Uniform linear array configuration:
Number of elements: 64
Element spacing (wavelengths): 1
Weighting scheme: hann
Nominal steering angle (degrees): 45
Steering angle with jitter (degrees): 43.611
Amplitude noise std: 0.05
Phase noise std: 0.05

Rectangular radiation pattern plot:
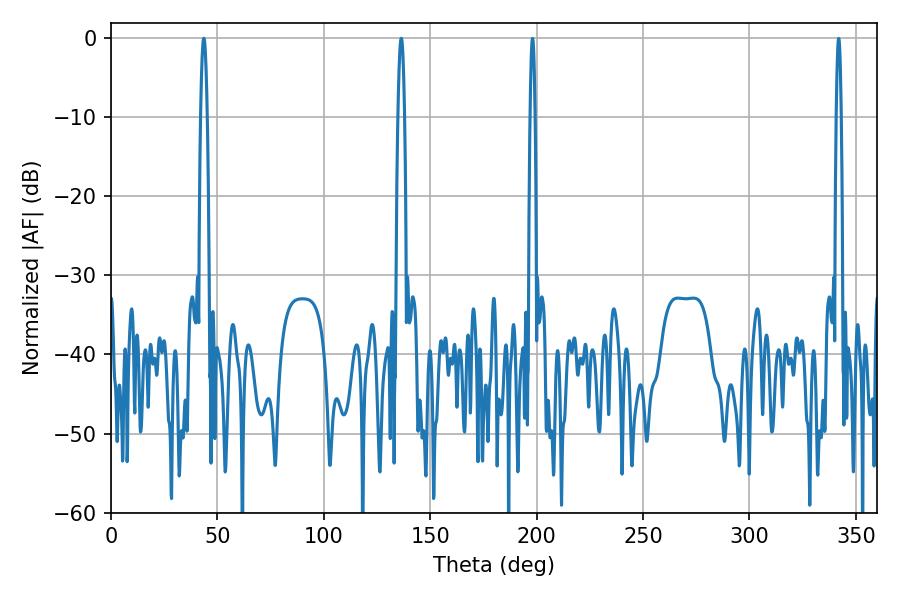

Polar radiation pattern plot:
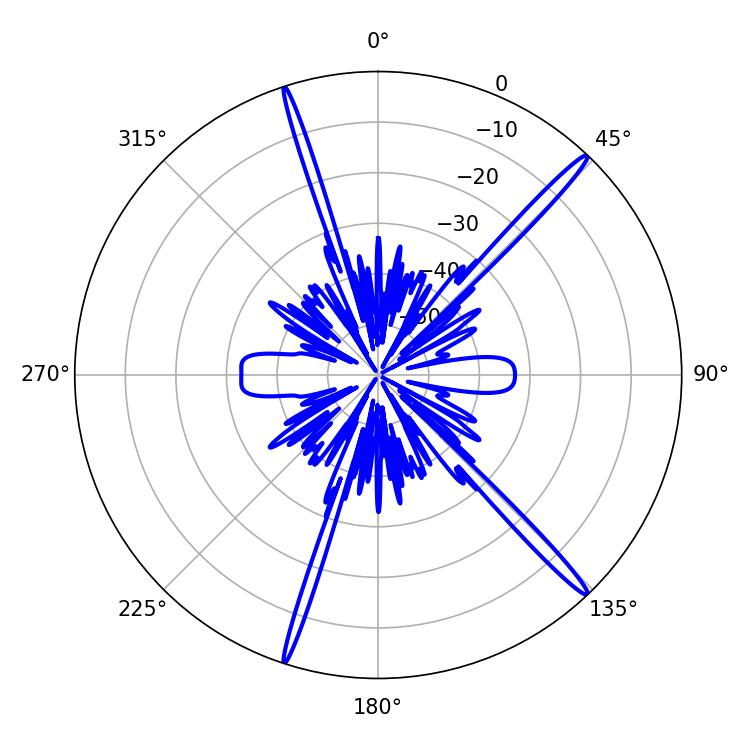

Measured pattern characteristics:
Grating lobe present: TRUE
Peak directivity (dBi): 18.233
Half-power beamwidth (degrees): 1.62
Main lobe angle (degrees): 43.56